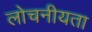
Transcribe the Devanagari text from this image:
लोचनीयता